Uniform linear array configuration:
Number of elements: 16
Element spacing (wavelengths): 1
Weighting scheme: blackman
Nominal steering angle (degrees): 60
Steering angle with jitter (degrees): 60.357
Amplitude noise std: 0.05
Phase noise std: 0.05

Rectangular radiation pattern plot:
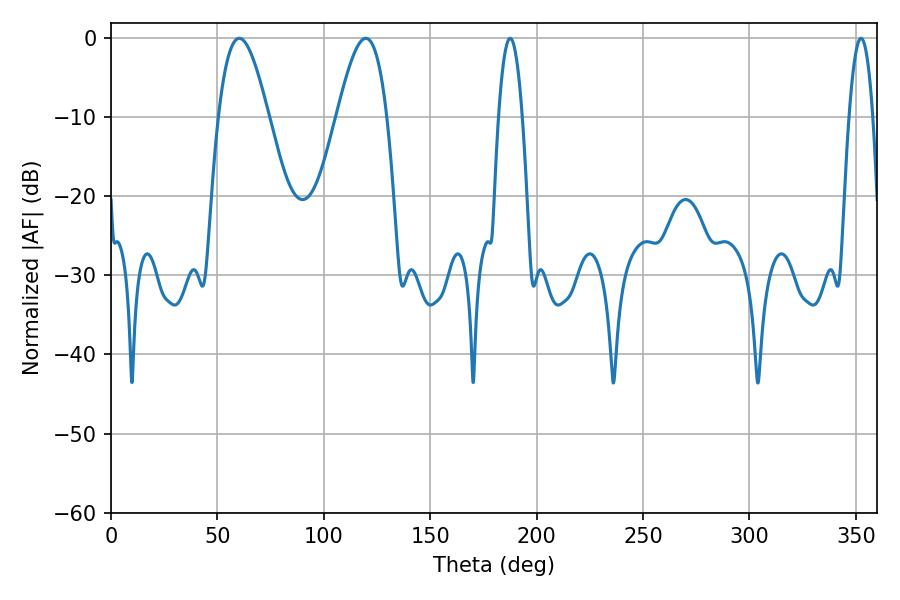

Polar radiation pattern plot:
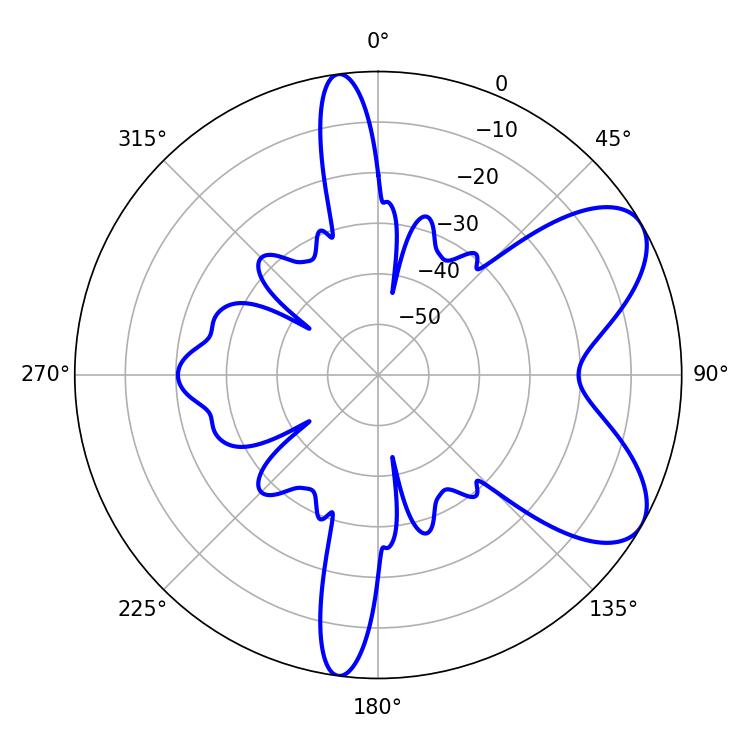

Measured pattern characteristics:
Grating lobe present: TRUE
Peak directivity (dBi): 7.066
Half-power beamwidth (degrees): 6.12
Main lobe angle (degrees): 187.56